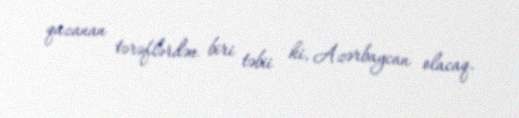
qazanan tərəflərdən biri təbii ki, Azərbaycan olacaq.